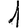
Digit: 1